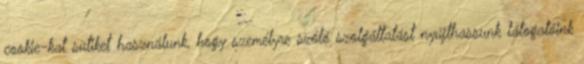
cookie-kat sütiket használunk, hogy személyre szóló szolgáltatást nyújthassunk látogatóink